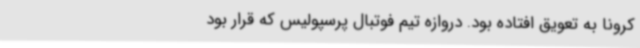
کرونا به تعویق افتاده بود. دروازه تیم فوتبال پرسپولیس که قرار بود